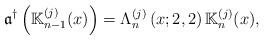
LaTeX: \begin{align*}\mathfrak{a}^{\dagger }\left( \mathbb{K}_{n-1}^{(j)}(x)\right) =\Lambda_{n}^{\left( j\right) }\left( x;2,2\right) \mathbb{K}_{n}^{(j)}(x),\end{align*}